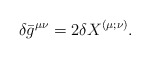
\begin{align*}{}\delta \bar{g}^{\mu \nu} = 2 {\delta X}^{(\mu;\nu)}.\end{align*}